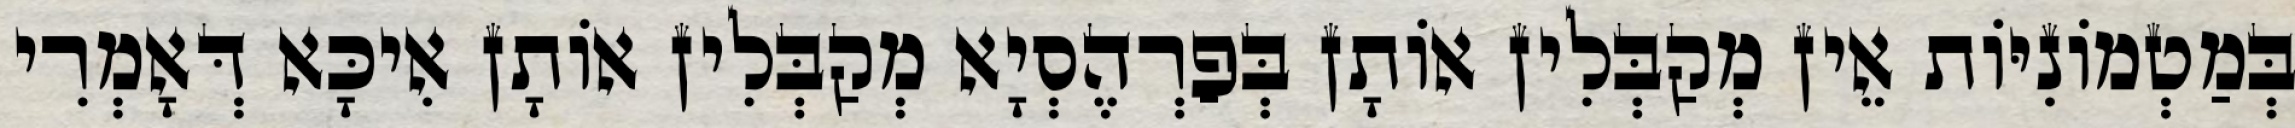
בְּמַטְמוֹנִיּוֹת אֵין מְקַבְּלִין אוֹתָן בְּפַרְהֶסְיָא מְקַבְּלִין אוֹתָן אִיכָּא דְּאָמְרִי